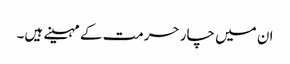
ان میں چار حرمت کے مہینے ہیں۔